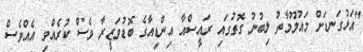
"އަޅުގަނޑަށް މައުލޫމާތު ލިބުނު ގޮތުގައި ރައީސްއާ އިންޑިއާގެ ބޮޑުވަޒީރާ ވެސް ކުރެއްވި އެއްވެސް